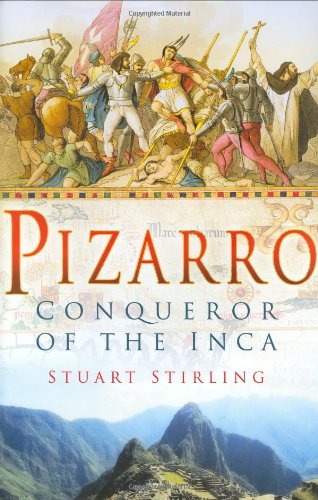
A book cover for Pizarro: Conqueror of the Inca; Stuart Stirling; History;